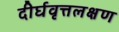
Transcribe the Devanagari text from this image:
दीर्घवृत्तलक्षण